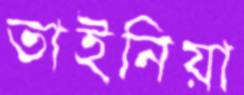
তাইনিয়া